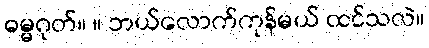
ဓမ္မဂုတ်။ ။ ဘယ်လောက်ကုန်မယ် ထင်သလဲ။